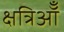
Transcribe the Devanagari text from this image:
क्षत्रिऑँ